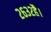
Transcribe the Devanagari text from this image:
२६३२है।